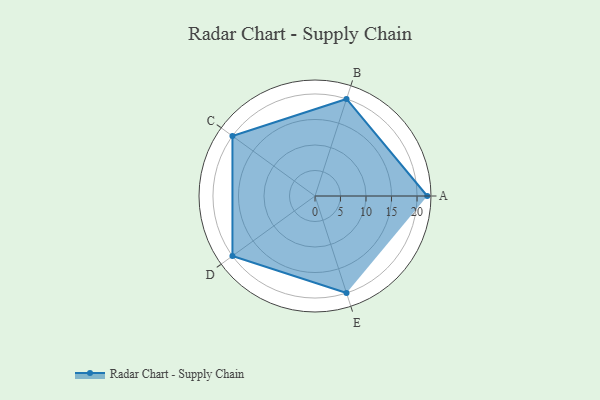
{"axis": {"x": "Skill", "y": "Score"}, "legend": ["Profile"], "data": [{"x": "A", "y": 22.0, "type": "Profile"}, {"x": "B", "y": 20, "type": "Profile"}, {"x": "C", "y": 20, "type": "Profile"}, {"x": "D", "y": 20, "type": "Profile"}, {"x": "E", "y": 20, "type": "Profile"}]}